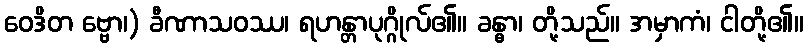
ဝေဒိတ ဗ္ဗော၊) ခီဏာသဝဿ၊ ရဟန္တာပုဂ္ဂိုလ်၏။ ခန္ဓာ၊ တို့သည်။ အမှာကံ၊ ငါတို့၏။